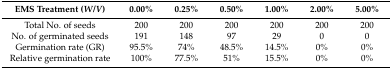
<table><thead><tr><td><b>EMS Treatment (<i>W</i>/<i>V</i>)</b></td><td><b>0.00%</b></td><td><b>0.25%</b></td><td><b>0.50%</b></td><td><b>1.00%</b></td><td><b>2.00%</b></td><td><b>5.00%</b></td></tr></thead><tbody><tr><td>Total No. of seeds</td><td>200</td><td>200</td><td>200</td><td>200</td><td>200</td><td>200</td></tr><tr><td>No. of germinated seeds</td><td>191</td><td>148</td><td>97</td><td>29</td><td>0</td><td>0</td></tr><tr><td>Germination rate (GR)</td><td>95.5%</td><td>74%</td><td>48.5%</td><td>14.5%</td><td>0%</td><td>0%</td></tr><tr><td>Relative germination rate</td><td>100%</td><td>77.5%</td><td>51%</td><td>15.5%</td><td>0%</td><td>0%</td></tr></tbody></table>